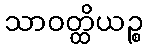
သာဝတ္ထိယဉ္စ